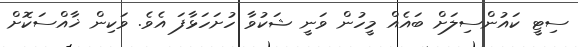
ސިޓީ ކައުންސިލަށް ބައެއް މީހުން ވަނީ ޝަކުވާ ހުށަހަޅާފަ އެވެ. ވަކިން ޚާއްސަކޮށް